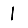
Digit: 1